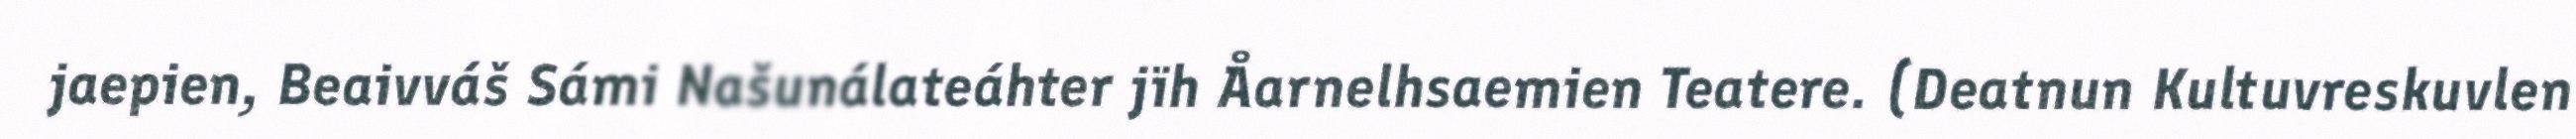
jaepien, Beaivváš Sámi Našunálateáhter jïh Åarnelhsaemien Teatere. (Deatnun Kultuvreskuvlen